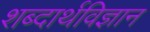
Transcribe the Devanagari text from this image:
शब्दार्थविज्ञान